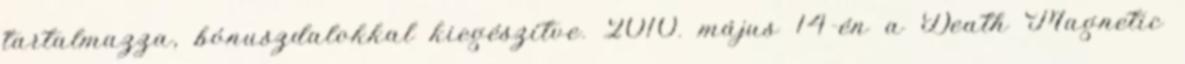
tartalmazza, bónuszdalokkal kiegészítve. 2010. május 14-én a Death Magnetic